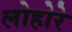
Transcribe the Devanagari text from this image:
लोहोरे